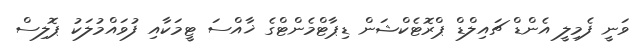
ވަނީ ފެމިލީ އެންޑް ޗައިލްޑް ޕްރޮޓެކްޝަން ޑިޕާޓްމެންޓްގެ ޚާއްސަ ޓީމަކާއި ފުވައްމުލަކު ޕޮލިސް